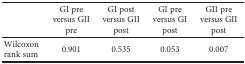
<table><thead><tr><td></td><td><b>GI pre versus GII pre</b></td><td><b>GI post versus GII post</b></td><td><b>GI pre versus GI post</b></td><td><b>GII pre versus GII post</b></td></tr></thead><tbody><tr><td>Wilcoxon rank sum</td><td>0.901</td><td>0.535</td><td>0.053</td><td>0.007</td></tr></tbody></table>